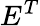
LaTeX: E^{T}